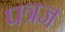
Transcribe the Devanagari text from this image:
पत्रज